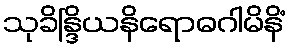
သုခိန္ဒြိယနိရောဓဂါမိနိံ